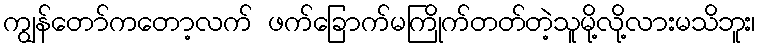
ကျွန်တော်ကတော့လက် ဖက်ခြောက်မကြိုက်တတ်တဲ့သူမို့လို့လားမသိဘူး၊